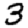
Digit: 3